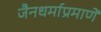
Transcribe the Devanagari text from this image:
जैनधर्माप्रमाणें